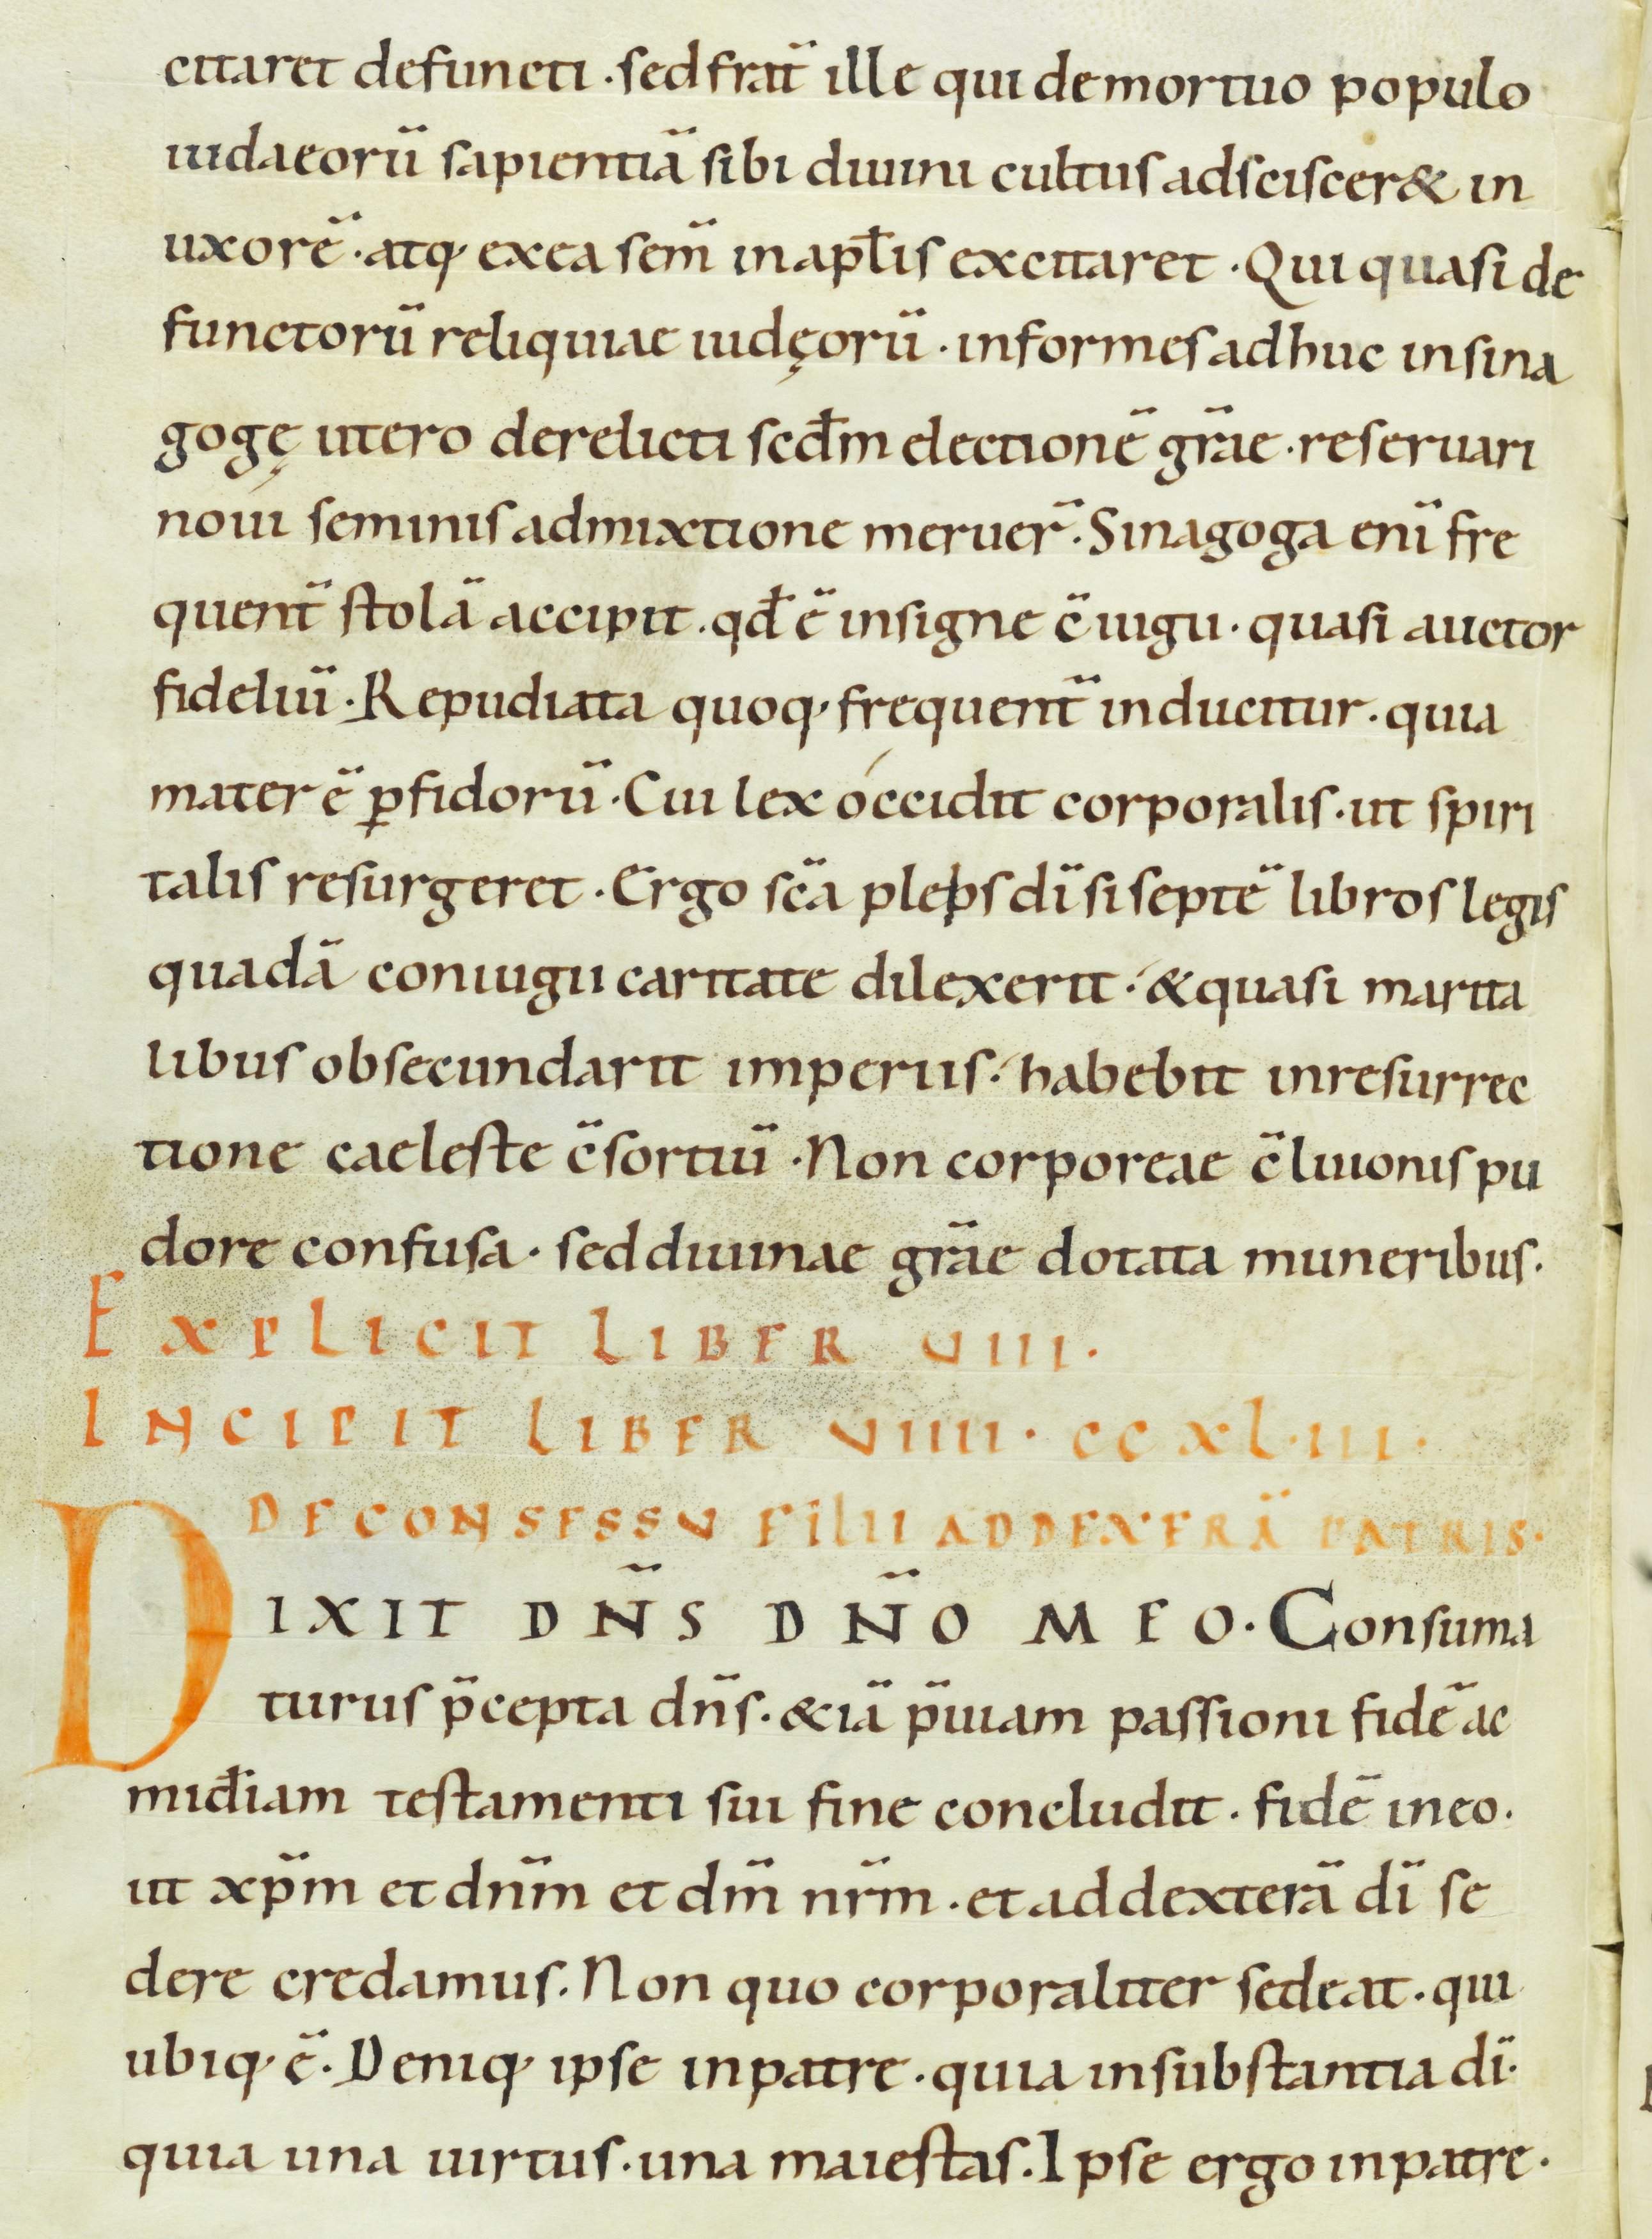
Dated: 900–999